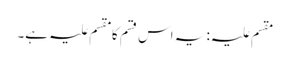
مقسم علیہ: یہ اس قسم کا مقسم علیہ ہے۔